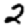
Digit: 2